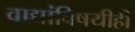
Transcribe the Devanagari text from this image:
वाद्यांविषयीही